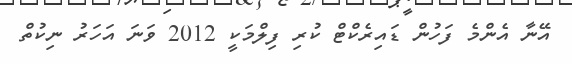
އޭނާ އެންމެ ފަހުން ޑައިރެކްޓް ކުރި ފިލްމަކީ 2012 ވަނަ އަހަރު ނިކުތް